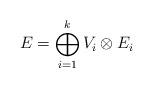
LaTeX: \begin{align*}E=\bigoplus_{i=1}^k V_i \otimes E_i\end{align*}